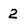
Character: 2